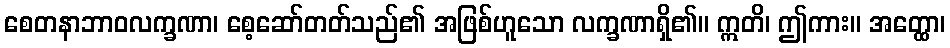
စေတနာဘာဝလက္ခဏာ၊ စေ့ဆော်တတ်သည်၏ အဖြစ်ဟူသော လက္ခဏာရှိ၏။ ဣတိ၊ ဤကား။ အတ္ထော၊